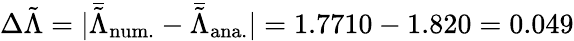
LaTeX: \Delta\tilde{\Lambda}=|\bar{\tilde{\Lambda}}_{\mathrm{num.}}-\bar{\tilde{\Lambda}}_{\mathrm{ana.}}|=1.7710-1.820=0.049